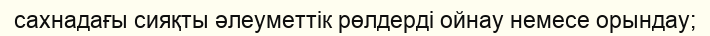
сахнадағы сияқты әлеуметтік рөлдерді ойнау немесе орындау;